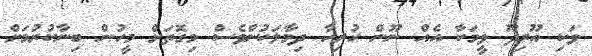
ވަކި އޫރިދޫ ވީމަކާ އެއް ނޫން ހުރިހާ ދިމާލަކުންވެސް މިގޮތަށް މީހުން ބިނާކުރުމަށް